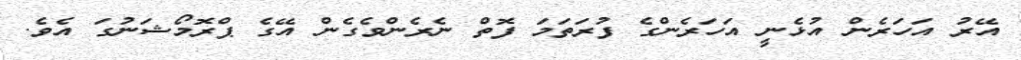
އޭރު އަހަރެން އުޅެނީ އަހަރެންގެ ފުރަތަމަ ފޮތް ނެރެންވެގެން އޭގެ ޕްރޮމޯޝަނުގަ އެވެ.